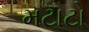
મટાટો